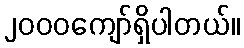
၂၀၀၀ကျော်ရှိပါတယ်။